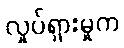
လှုပ်ရှားမှုက